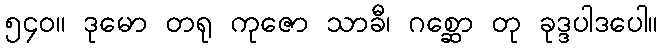
၅၄၀။ ဒုမော တရု ကုဇော သာခီ၊ ဂစ္ဆော တု ခုဒ္ဒပါဒပေါ။